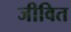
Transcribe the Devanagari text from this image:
जीवित